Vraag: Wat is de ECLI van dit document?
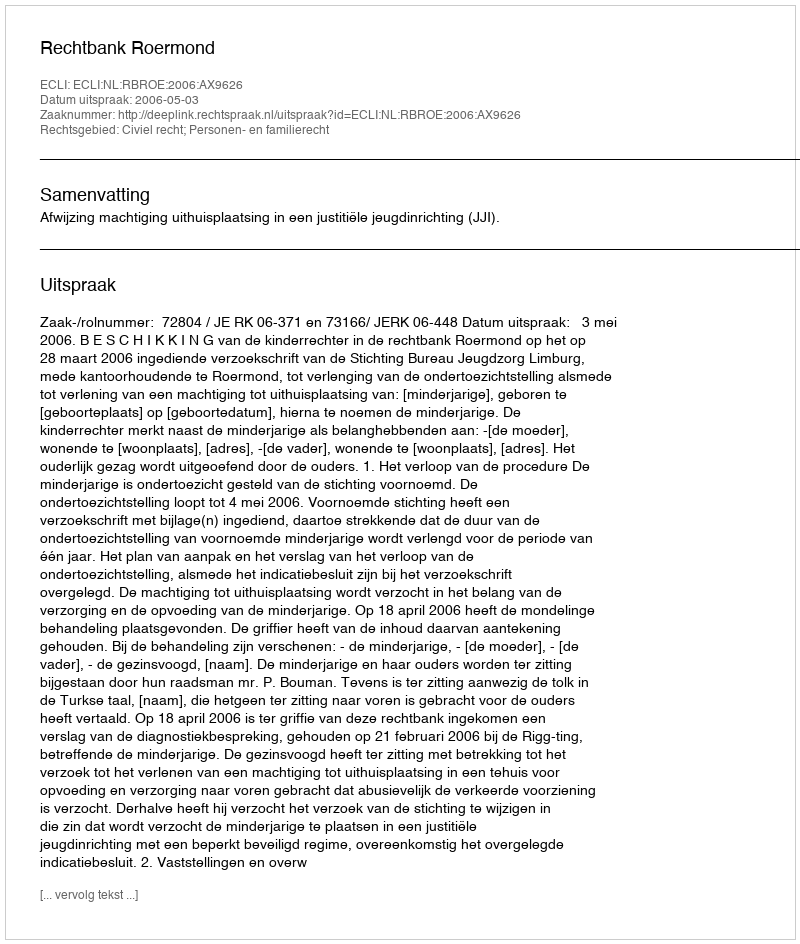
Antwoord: ECLI:NL:RBROE:2006:AX9626